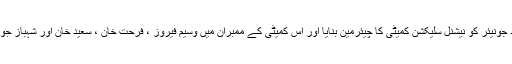
صدر نے رشید جونیئر کو نیشنل سلیکشن کمیٹی کا چیئرمین بنایا اور اس کمیٹی کے ممبران میں وسیم فیروز ، فرحت خان ، سعید خان اور شہباز جونیئر شامل ہیں ۔